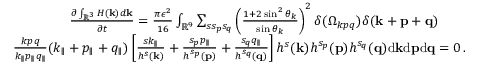
\begin{array} { r l r } & { } & { \frac { \partial \int _ { { \mathbb { R } } ^ { 3 } } H ( { \bf k } ) d { \bf k } } { \partial t } = \frac { \pi \epsilon ^ { 2 } } { 1 6 } \int _ { { \mathbb { R } } ^ { 9 } } \sum _ { s s _ { p } s _ { q } } \left( \frac { 1 + 2 \sin ^ { 2 } \theta _ { k } } { \sin \theta _ { k } } \right) ^ { 2 } \delta ( \Omega _ { k p q } ) \delta ( { \bf k } + { \bf p } + { \bf q } ) \quad \quad } \\ & { } & { \frac { k p q } { k _ { \parallel } p _ { \parallel } q _ { \parallel } } ( k _ { \parallel } + p _ { \parallel } + q _ { \parallel } ) \left[ \frac { s k _ { \parallel } } { h ^ { s } ( { \bf k } ) } + \frac { s _ { p } p _ { \parallel } } { h ^ { s _ { p } } ( { \bf p } ) } + \frac { s _ { q } q _ { \parallel } } { h ^ { s _ { q } } ( { \bf q } ) } \right] h ^ { s } ( { \bf k } ) h ^ { s _ { p } } ( { \bf p } ) h ^ { s _ { q } } ( { \bf q } ) \mathrm { d } { \bf k } \mathrm { d } { \bf p } \mathrm { d } { \bf q } = 0 \, . } \end{array}